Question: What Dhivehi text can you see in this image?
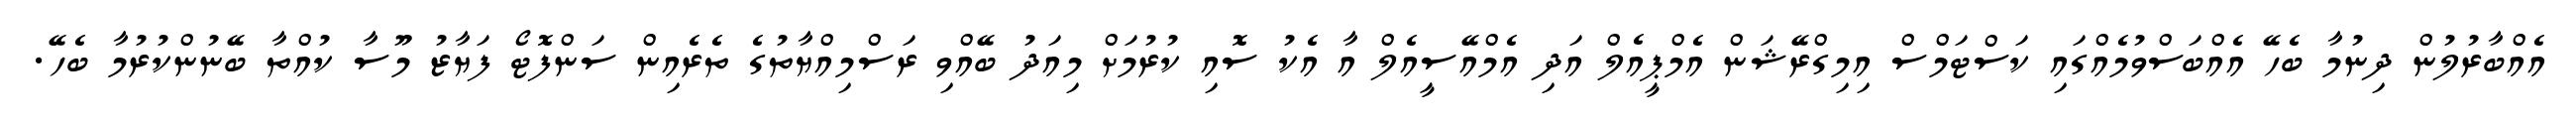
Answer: އެއްބާރުލުން ދިނުމާ ބެހޭ އެއްބަސްވުމެއްގައި ކަސްޓަމްސް އިމިގްރޭޝަން އެމްޕީއެލް އަދި އެމްއޭސީއެލް އާ އެކު ސޮއި ކުރުމަށް މިއަދު ބޭއްވި ރަސްމިއްޔާތުގެ ތެރެއިން ސަންފޮޓޯ ފަޔާޒު މޫސާ ކުއްތާ ބޭނުންކުރުމާ ބެހޭ.